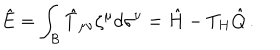
\hat { E } = \int _ { \cal B } \hat { T } _ { \mu \nu } \zeta ^ { \mu } d \sigma ^ { \nu } = \hat { H } - T _ { H } \hat { Q } \, .